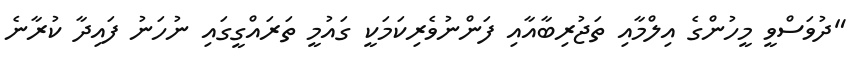
"ދުވަސްވީ މީހުންގެ އިލްމާއި ތަޖުރިބާއާއި ފަންނުވެރިކަމަކީ ގައުމީ ތަރައްގީގައި ނުހަނު ފައިދާ ކުރާނެ